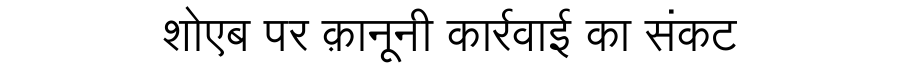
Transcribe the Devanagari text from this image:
शोएब पर क़ानूनी कार्रवाई का संकट